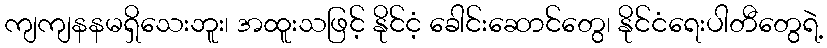
ကျကျနနမရှိသေးဘူး၊ အထူးသဖြင့် နိုင်ငံ့ ခေါင်းဆောင်တွေ၊ နိုင်ငံရေးပါတီတွေရဲ့